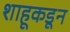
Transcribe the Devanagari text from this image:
शाहूकडून